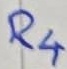
Text: R4